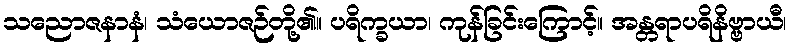
သညောဇနာနံ၊ သံယောဇဉ်တို့၏။ ပရိက္ခယာ၊ ကုန်ခြင်းကြောင့်။ အန္တရာပရိနိဗ္ဗာယီ၊